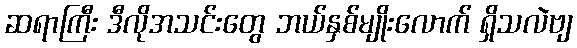
ဆရာကြီး ဒီလိုအသင်းတွေ ဘယ်နှစ်မျိုးလောက် ရှိသလဲဗျ